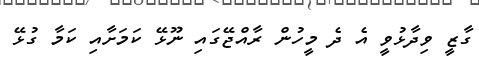
ގާޒީ ވިދާޅުވީ އެ ދެ މީހުން ރާއްޖޭގައި ނޫޅޭ ކަމަށާއި ކަމާ ގުޅޭ